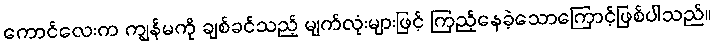
ကောင်လေးက ကျွန်မကို ချစ်ခင်သည့် မျက်လုံးများဖြင့် ကြည့်နေခဲ့သောကြောင့်ဖြစ်ပါသည်။